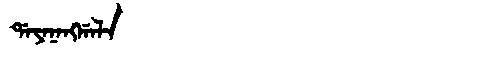
Manchu: ᡩᠠᠶᠠᠨᠠᠩᡤᠠᠯᠠ
Romanization: DAYANANGGALA